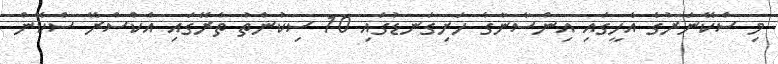
މި ސްކޭނަރުގެ އެހީގައި އިންސާނާގެ ހަށިގަނޑުގައި 10 ސިކުންތު ތެރޭގައި އެކްސްރޭ ސްކޭން